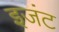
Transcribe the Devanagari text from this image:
इजंट